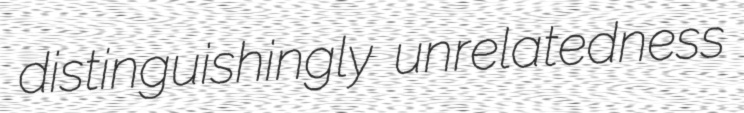
distinguishingly unrelatedness